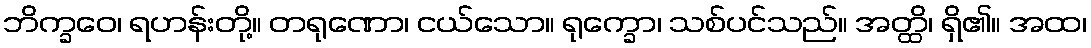
ဘိက္ခဝေ၊ ရဟန်းတို့။ တရုဏော၊ ငယ်သော။ ရုက္ခော၊ သစ်ပင်သည်။ အတ္ထိ၊ ရှိ၏။ အထ၊